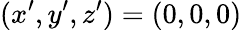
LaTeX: (x^{\prime},y^{\prime},z^{\prime})=(0,0,0)